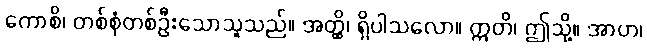
ကောစိ၊ တစ်စုံတစ်ဦးသောသူသည်။ အတ္ထိ၊ ရှိပါသလော။ ဣတိ၊ ဤသို့။ အာဟ၊